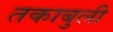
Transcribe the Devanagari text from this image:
तकाबुली